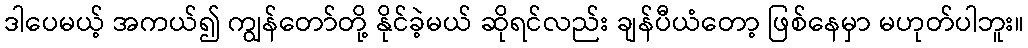
ဒါပေမယ့် အကယ်၍ ကျွန်တော်တို့ နိုင်ခဲ့မယ် ဆိုရင်လည်း ချန်ပီယံတော့ ဖြစ်နေမှာ မဟုတ်ပါဘူး။